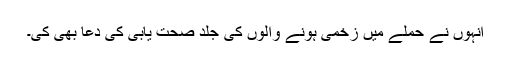
انہوں نے حملے میں زخمی ہونے والوں کی جلد صحت یابی کی دعا بھی کی۔